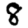
Digit: 8